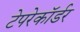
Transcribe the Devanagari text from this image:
टेपरेकॉर्डर